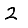
Digit: 2